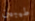
طيبين